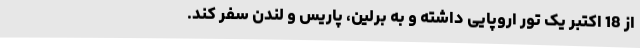
از 18 اکتبر یک تور اروپایی داشته و به برلین، پاریس و لندن سفر کند.